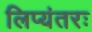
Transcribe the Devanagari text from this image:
लिप्यंतरः